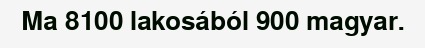
Ma 8100 lakosából 900 magyar.